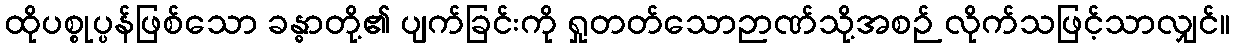
ထိုပစ္စုပ္ပန်ဖြစ်သော ခန္ဓာတို့၏ ပျက်ခြင်းကို ရှုတတ်သောဉာဏ်သို့အစဉ် လိုက်သဖြင့်သာလျှင်။